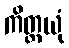
ကိတ္တယုံ